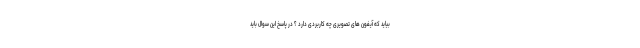
بیاید که آیفون های تصویری چه کاربردی دارد ؟ در پاسخ این سوال باید